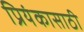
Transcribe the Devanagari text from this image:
प्रियंकासाठी